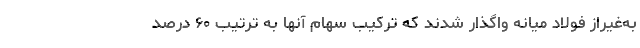
به‌غیراز فولاد میانه واگذار شدند که ترکیب سهام آنها به ترتیب ۶۰ درصد